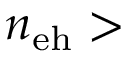
n _ { \mathrm { e h } } >